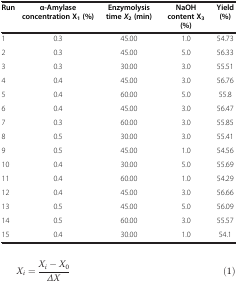
| Run | α-Amylase concentration X1(%) | Enzymolysis time X2(min) | NaOH content X3(%) | Yield (%) |
 | --- | --- | --- | --- | --- |
 | 1 | 0.3 | 45.00 | 1.0 | 54.73 |
 | 2 | 0.3 | 45.00 | 5.0 | 56.33 |
 | 3 | 0.3 | 30.00 | 3.0 | 55.51 |
 | 4 | 0.4 | 45.00 | 3.0 | 56.76 |
 | 5 | 0.4 | 60.00 | 5.0 | 55.8 |
 | 6 | 0.4 | 45.00 | 3.0 | 56.47 |
 | 7 | 0.3 | 60.00 | 3.0 | 55.85 |
 | 8 | 0.5 | 30.00 | 3.0 | 55.41 |
 | 9 | 0.5 | 45.00 | 1.0 | 54.56 |
 | 10 | 0.4 | 30.00 | 5.0 | 55.69 |
 | 11 | 0.4 | 60.00 | 1.0 | 54.29 |
 | 12 | 0.4 | 45.00 | 3.0 | 56.66 |
 | 13 | 0.5 | 45.00 | 5.0 | 56.09 |
 | 14 | 0.5 | 60.00 | 3.0 | 55.57 |
 | 15 | 0.4 | 30.00 | 1.0 | 54.1 |